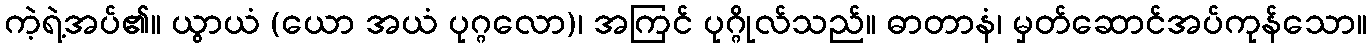
ကဲ့ရဲ့အပ်၏။ ယွာယံ (ယော အယံ ပုဂ္ဂလော)၊ အကြင် ပုဂ္ဂိုလ်သည်။ ဓာတာနံ၊ မှတ်ဆောင်အပ်ကုန်သော။